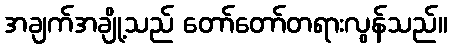
အချက်အချို့သည် တော်တော်တရားလွန်သည်။